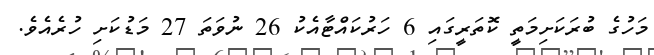
މަހުގެ ބުރަކަށިމަތީ ކޮތަރީގައި 6 ހަރުކައްޓާއެކު 26 ނުވަތަ 27 މަޑުކަށި ހުރެއެވެ.